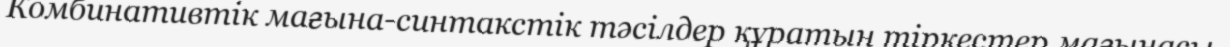
Комбинативтік мағына-синтакстік тәсілдер құратын тіркестер мағынасы.